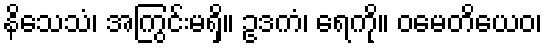
နိသေသံ၊ အကြွင်းမရှိ။ ဥဒကံ၊ ရေကို။ ဝမေတိယေဝ၊